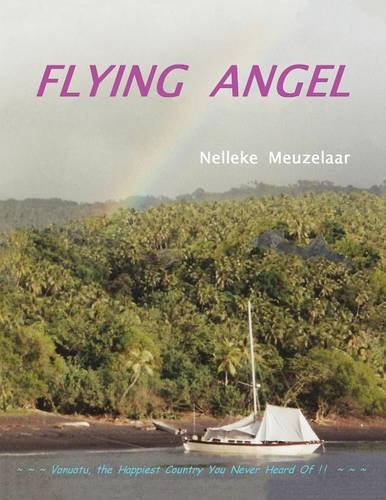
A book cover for Flying Angel: Vanuatu, the Happiest Country You Never Heard Of !; Nelleke Meuzelaar; Travel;